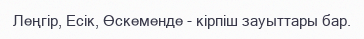
Леңгір, Есік, Өскеменде - кірпіш зауыттары бар.